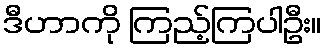
ဒီဟာကို ကြည့်ကြပါဦး။